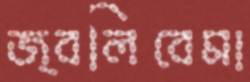
জ্বলিবেমা